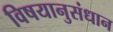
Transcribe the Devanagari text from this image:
विषयानुसंधान